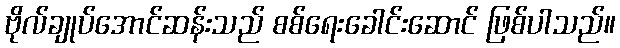
ဗိုလ်ချုပ်အောင်ဆန်းသည် စစ်ရေးခေါင်းဆောင် ဖြစ်ပါသည်။